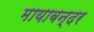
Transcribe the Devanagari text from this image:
मायाबन्दर